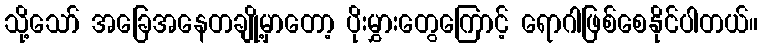
သို့သော် အခြေအနေတချို့မှာတော့ ပိုးမွှားတွေကြောင့် ရောဂါဖြစ်စေနိုင်ပါတယ်။